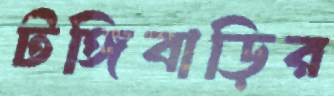
টঙ্গিবাড়ির